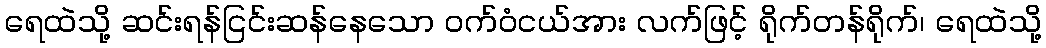
ရေထဲသို့ ဆင်းရန်ငြင်းဆန်နေသော ဝက်ဝံငယ်အား လက်ဖြင့် ရိုက်တန်ရိုက်၊ ရေထဲသို့